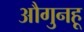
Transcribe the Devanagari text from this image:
औगुनहू